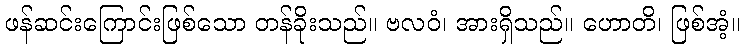
ဖန်ဆင်းကြောင်းဖြစ်သော တန်ခိုးသည်။ ဗလဝံ၊ အားရှိသည်။ ဟောတိ၊ ဖြစ်အံ့။